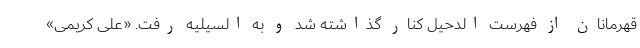
قهرمانان از فهرست الدحیل کنار گذاشته شد و به السیلیه رفت. «علی کریمی»